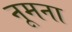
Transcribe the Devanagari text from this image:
नूमना